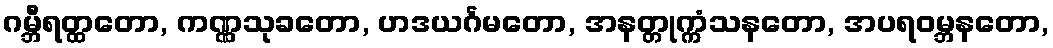
ဂမ္ဘီရတ္ထတော, ကဏ္ဏသုခတော, ဟဒယင်္ဂမတော, အနတ္တုက္ကံသနတော, အပရဝမ္ဘနတော,